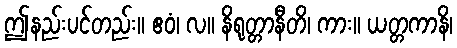
ဤနည်းပင်တည်း။ ဧဝံ၊ လ။ နိရုတ္တာနီတိ၊ ကား။ ယတ္တကာနိ၊